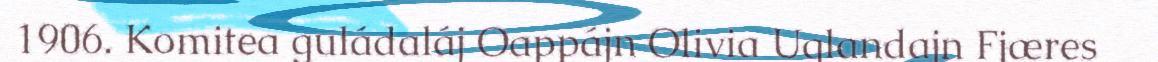
1906. Komitea guládaláj Oappájn Olivia Uglandajn Fjæres